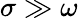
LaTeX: \sigma\gg\omega